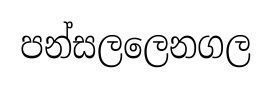
පන්සලලෙනගල